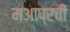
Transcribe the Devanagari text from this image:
मआप्रची